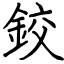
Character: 鉸